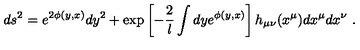
d s ^ { 2 } = e ^ { 2 \phi ( y , x ) } d y ^ { 2 } + \exp \left[ - { \frac { 2 } { l } } \int d y e ^ { \phi ( y , x ) } \right] h _ { \mu \nu } ( x ^ { \mu } ) d x ^ { \mu } d x ^ { \nu } \ .